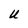
Character: U